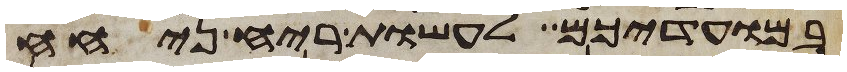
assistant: במועדיכם לעשות ריח ניחח